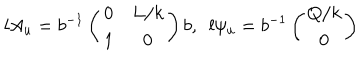
LaTeX: l A _ { u } = b ^ { - 1 } \left( \begin{array} { c c } { { 0 } } & { { L / k } } \\ { { 1 } } & { { 0 } } \\ \end{array} \right) b , \ \ l \psi _ { u } = b ^ { - 1 } \left( \begin{array} { c } { { Q / k } } \\ { { 0 } } \\ \end{array} \right)